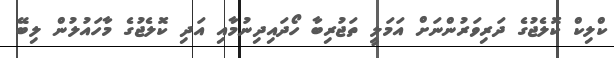
ކްލިކް ކޮލެޖުގެ ދަރިވަރުންނަށް އަމަލީ ތަޖުރިބާ ހޯދައިދިނުމާއި އަދި ކޮލެޖުގެ މާހައުލުން ލިބޭ